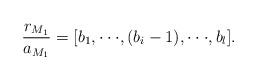
LaTeX: \begin{align*}\frac{r_{M_{1}}}{a_{M_{1}}}=[b_{1},\cdot\cdot\cdot,(b_{i}-1),\cdot\cdot\cdot,b_{l}].\end{align*}